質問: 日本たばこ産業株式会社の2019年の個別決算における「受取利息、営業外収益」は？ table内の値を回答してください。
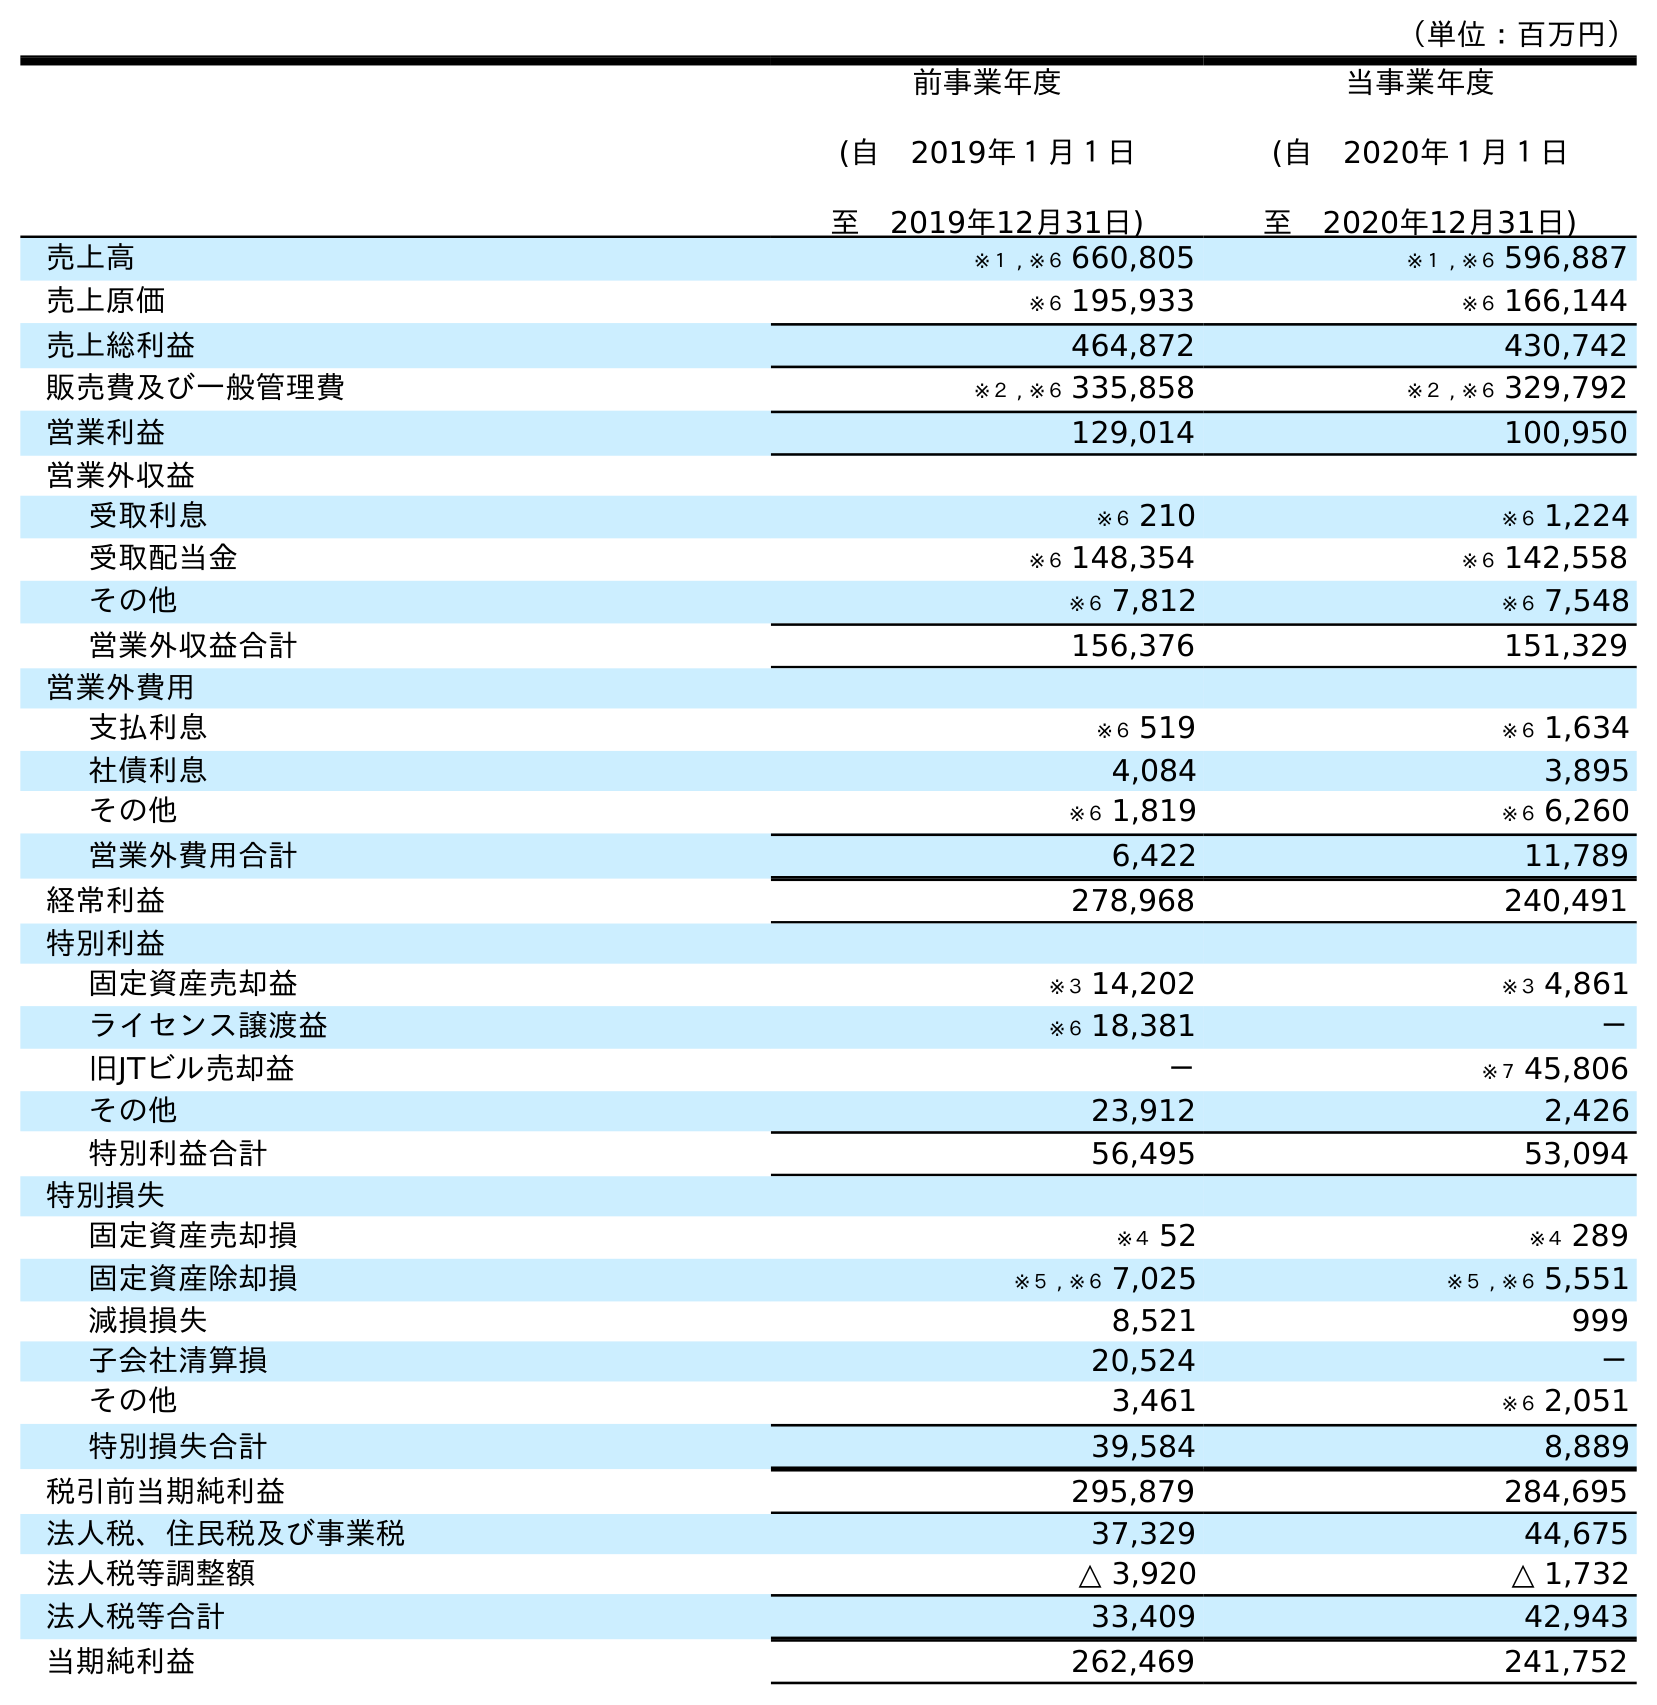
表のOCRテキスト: （単位：百万円） 前事業年度 (自 2019年１月１日 至 2019年12月31日) 当事業年度 (自 2020年１月１日 至 2020年12月31日) 売上高 ※１ , ※６ 660,805 ※１ , ※６ 596,887 売上原価 ※６ 195,933 ※６ 166,144 売上総利益 464,872 430,742 販売費及び一般管理費 ※２ , ※６ 335,858 ※２ , ※６ 329,792 営業利益 129,014 100,950 営業外収益 受取利息 ※６ 210 ※６ 1,224 受取配当金 ※６ 148,354 ※６ 142,558 その他 ※６ 7,812 ※６ 7,548 営業外収益合計 156,376 151,329 営業外費用 支払利息 ※６ 519 ※６ 1,634 社債利息 4,084 3,895 その他 ※６ 1,819 ※６ 6,260 営業外費用合計 6,422 11,789 経常利益 278,968 240,491 特別利益 固定資産売却益 ※３ 14,202 ※３ 4,861 ライセンス譲渡益 ※６ 18,381 － 旧JTビル売却益 － ※７ 45,806 その他 23,912 2,426 特別利益合計 56,495 53,094 特別損失 固定資産売却損 ※４ 52 ※４ 289 固定資産除却損 ※５ , ※６ 7,025 ※５ , ※６ 5,551 減損損失 8,521 999 子会社清算損 20,524 － その他 3,461 ※６ 2,051 特別損失合計 39,584 8,889 税引前当期純利益 295,879 284,695 法人税、住民税及び事業税 37,329 44,675 法人税等調整額 △ 3,920 △ 1,732 法人税等合計 33,409 42,943 当期純利益 262,469 241,752
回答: ※６210